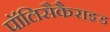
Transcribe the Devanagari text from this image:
पॉलिसैकैराइड